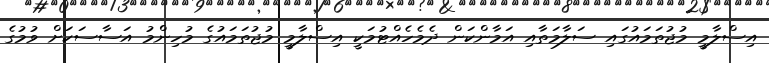
އިސްލާމީ މުޖުތަމައުގައި ސަލާމަތާއި އަމާންކަން ދެމެހެއްޓުމަކީ އިސްލާމީ މުޖުތަމައުގެ މުހިންމު އަސާސަކަށް ވުމުގެ